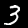
Digit: 3